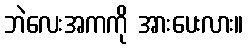
ဘဲလေးအကကို အားပေးလား။